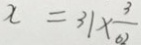
x = 3 1 \times \frac { 3 } { 6 2 }